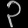
Digit: ၃